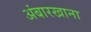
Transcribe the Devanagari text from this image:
अंबारखाना